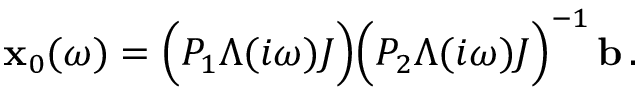
\mathbf { x } _ { 0 } ( \omega ) = \Big ( P _ { 1 } \Lambda ( i \omega ) J \Big ) \Big ( P _ { 2 } \Lambda ( i \omega ) J \Big ) ^ { - 1 } \, \mathbf { b } \, .